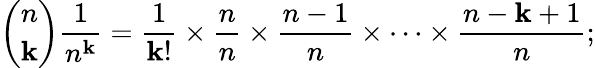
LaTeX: {\binom{n}{\mathbf{k}}}{\frac{{1}}{{n^{\mathbf{k}}}}}={\frac{{1}}{{\mathbf{k}!}}}\times{\frac{{n}}{{n}}}\times{\frac{{n-1}}{{n}}}\times\cdots\times{\frac{{n-\mathbf{k}+1}}{{n}}};